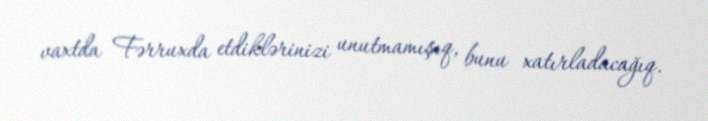
vaxtda Fərruxda etdiklərinizi unutmamışıq, bunu xatırladacağıq.